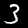
Label: 3